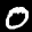
Label: 0